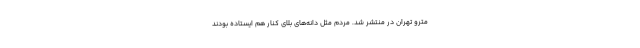
مترو تهران در منتشر شد. مردم مثل دانه‌های بلای کنار هم ایستاده بودند